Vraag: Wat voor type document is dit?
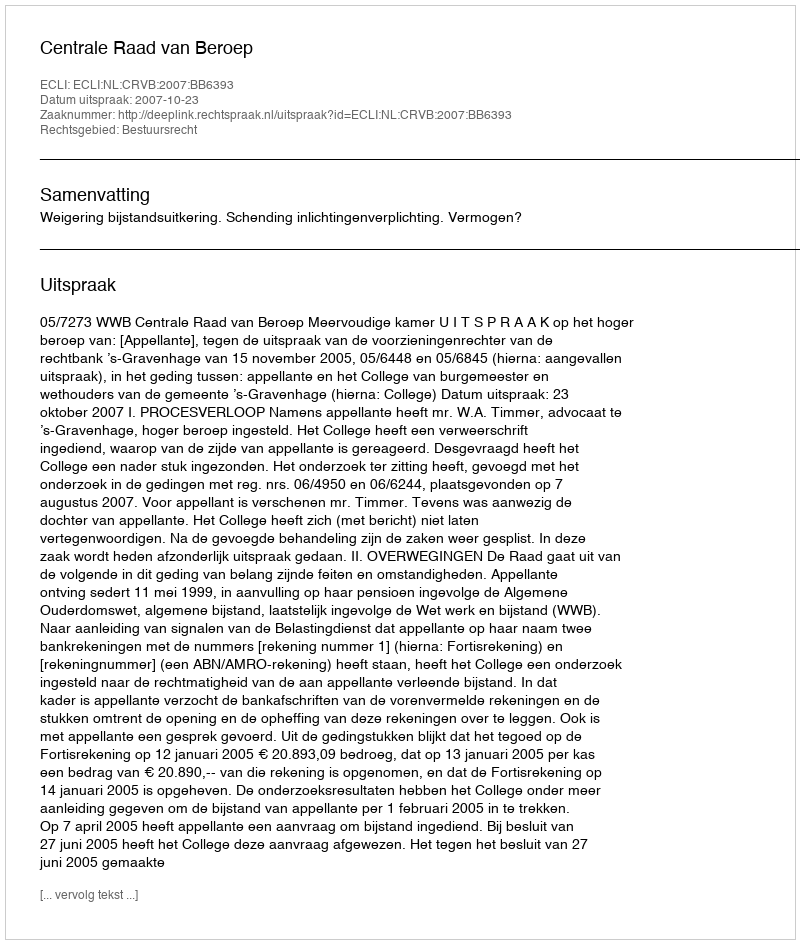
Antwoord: Uitspraak